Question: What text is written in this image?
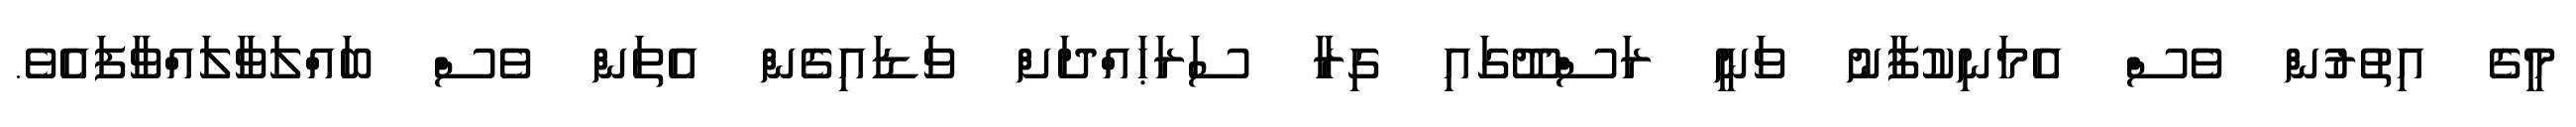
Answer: މީގެ އިތުރުން ވެސް އެމަނިކުފާނު ވަނީ ރަސްދޫގައި ގިރާ ސަރަޙައްދަށް ވަޑައިގެން އެތަން ވެސް ބައްލަވާލައްވާފައެވެ.